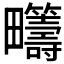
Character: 𤴆